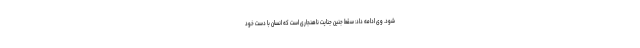
شود. وی ادامه داد: سقط جنین جنایت ناهنجاری است که انسان با دست خود